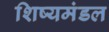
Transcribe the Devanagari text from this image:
शिष्यमंडल